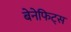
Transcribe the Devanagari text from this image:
बेनेफिट्स